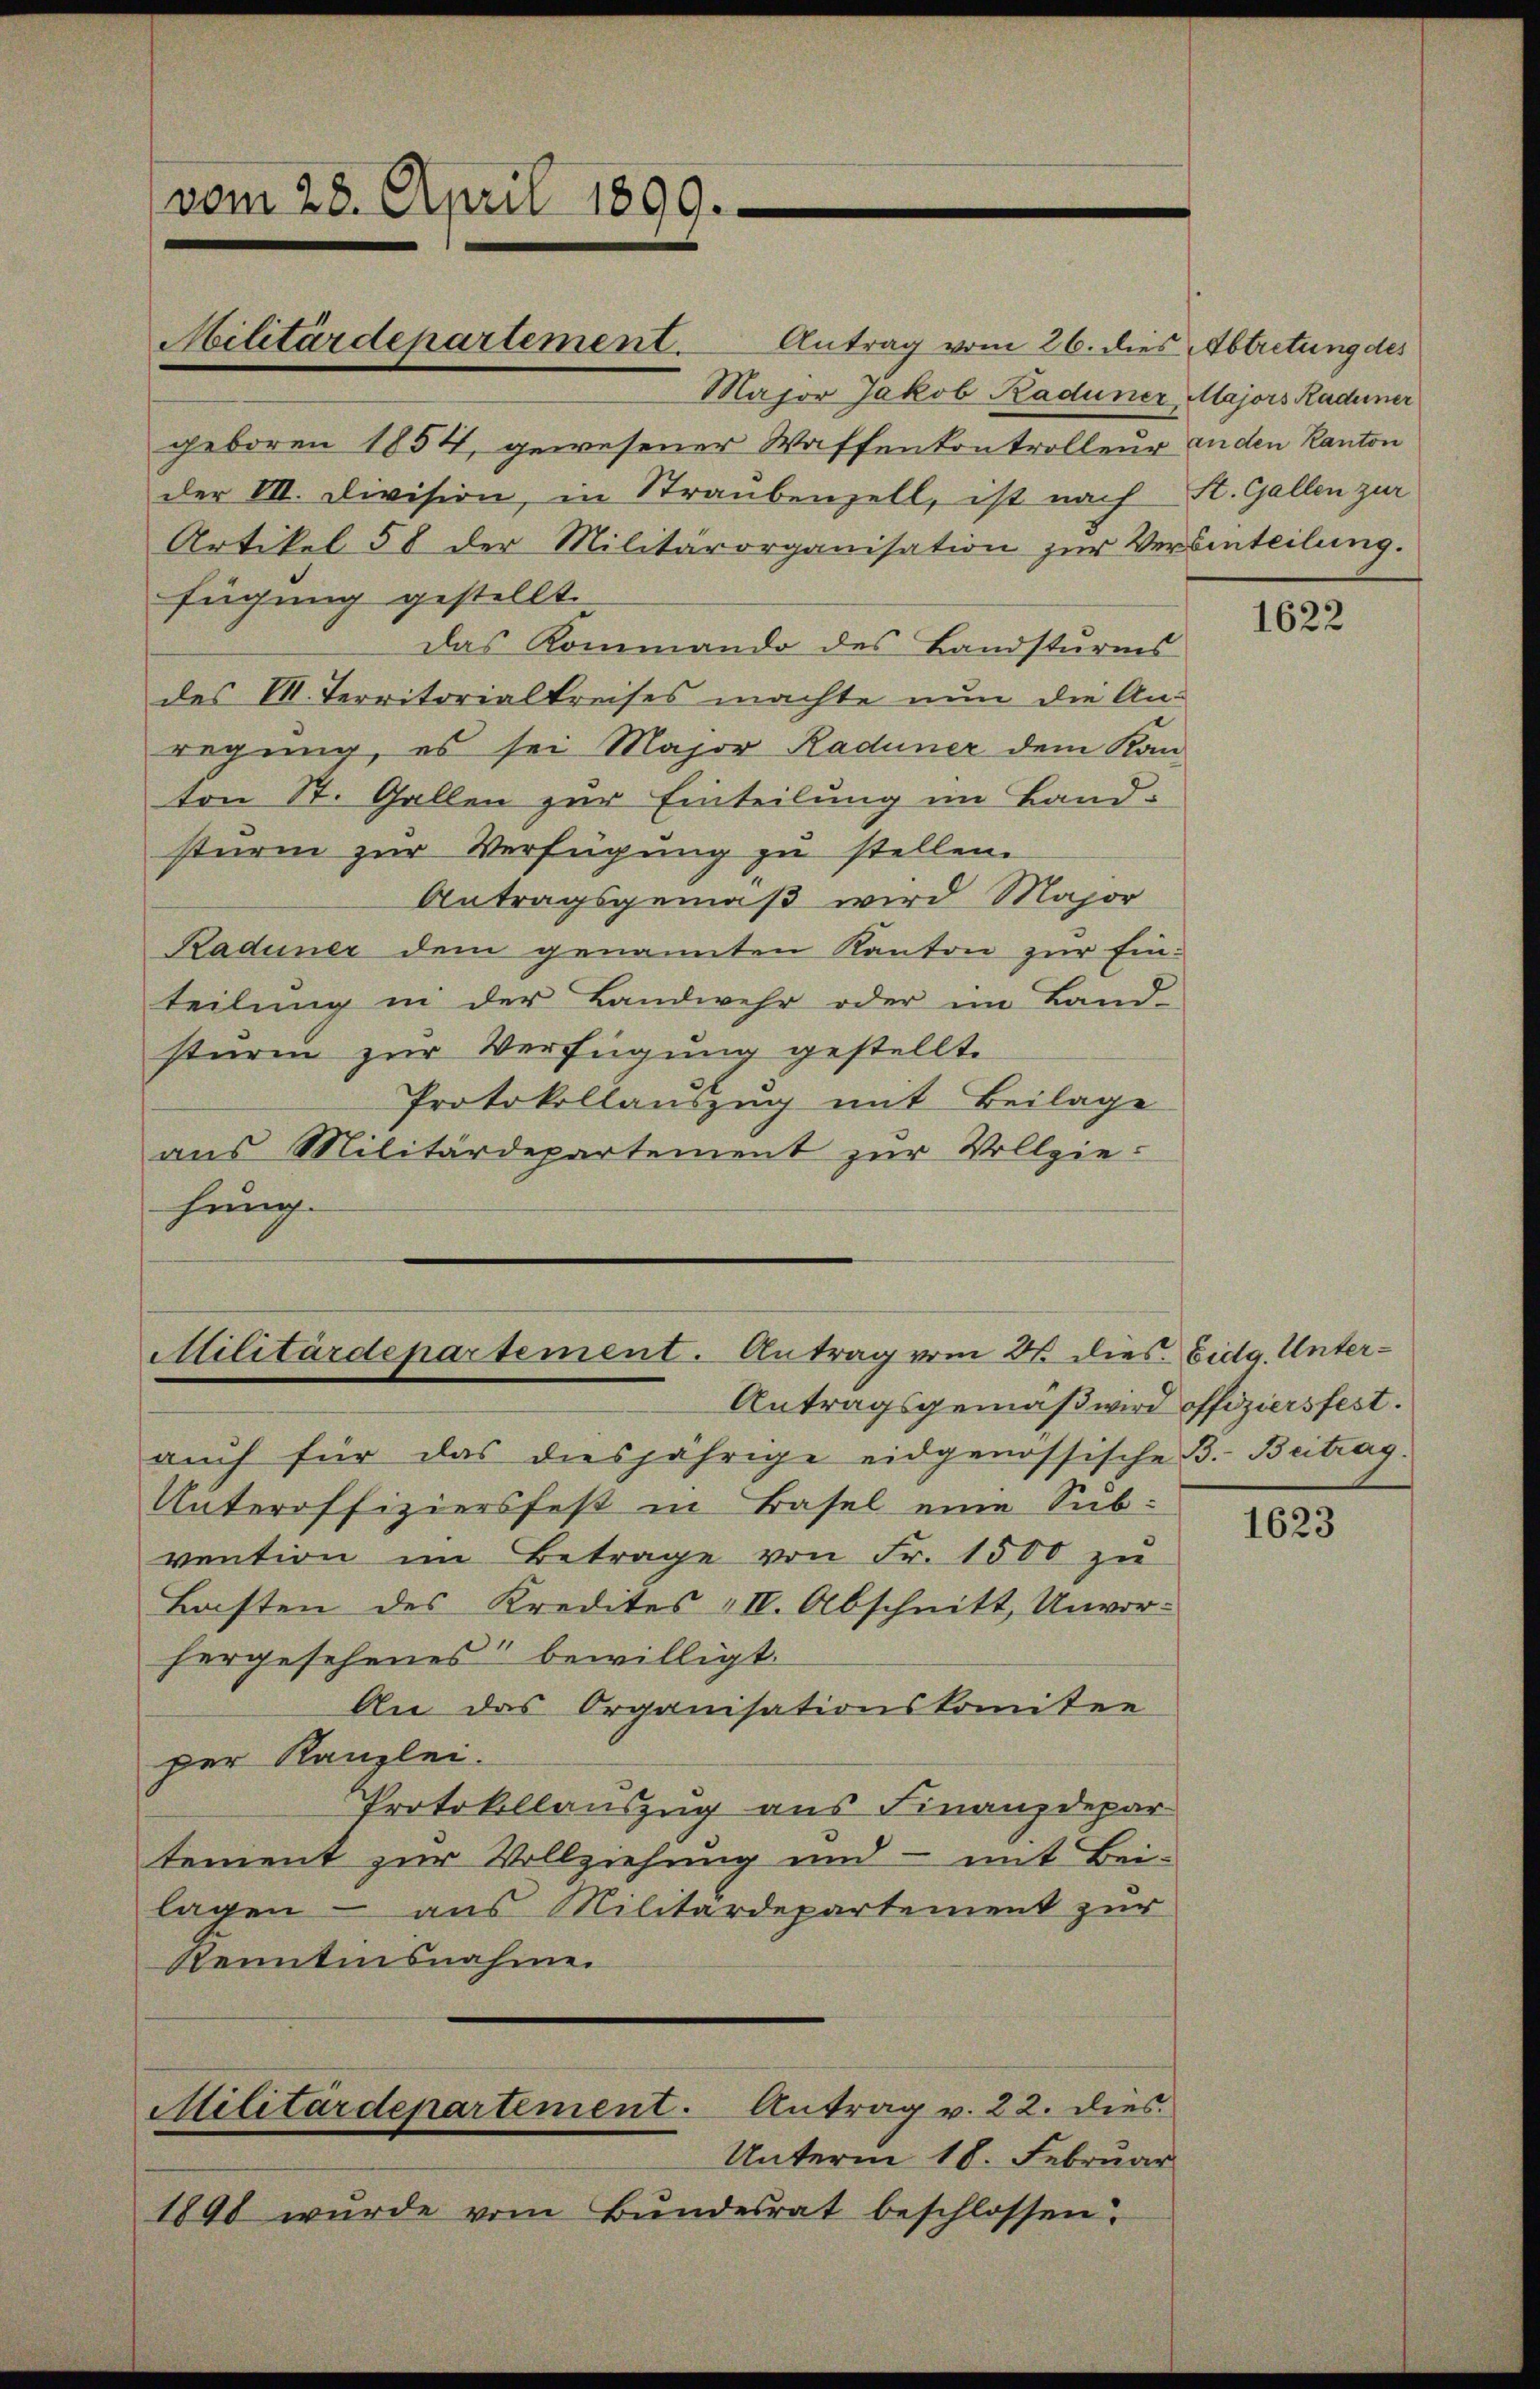
vom 28. April 1890.

Militärdepartement. Antrag vom 26. dies Abtretung des
Major Jakob Kaduner Majors Kadener
geboren 1854, gewesener Waffenkontrolleur anden Kanton
der VII. Division, in Straubenzell, ist nach St. Gallen zur
Artikel 58 der Militärorganisation zŭr Verbinteilung.
das Kommando des Landsturms
des M. Territorialkreises machte nun die An-
regung, es sei Major Raduner dem Kanton St. Gallen zur Einteilung im Landsturm zur Verfügung zu stellen.
Antragsgemäß wird Major
Kaduner dem genannten Kanton zur Einteilung in der Landwehr oder im Band-
sturm zur Verfügung gestellte
Protokollauszug mit Beilage
ans Militärdepartement zŭr Vollzie-
hung.

fügung gestellt.

Militärdepartement. Antrag vom 21. dies. Eidg. Unter¬
Antragsgemäß wird offiziersfest.

aŭch für das diesjährige eidgenössische B. Beitrag.
Unteroffiziersfest in Basel eine Subvention im Betrage von Fr. 1500 zu
Lasten des Kredites IV. Abschnitt, Unvor-
hergesehenes bewilligt.
An das Organisationskomitee
per Kanzlei.
Protokollauszug aus Finanzdepar
tement zur Vollziehung und - mit Bei-
lagen – aus Militärdepartement zur
Kenntnisnahme.
Militärdepartement. Antrag v. 22. dies
Unterm 18. Februar
1890 wurde vom Bundesrat beschlossen.

1622

1623